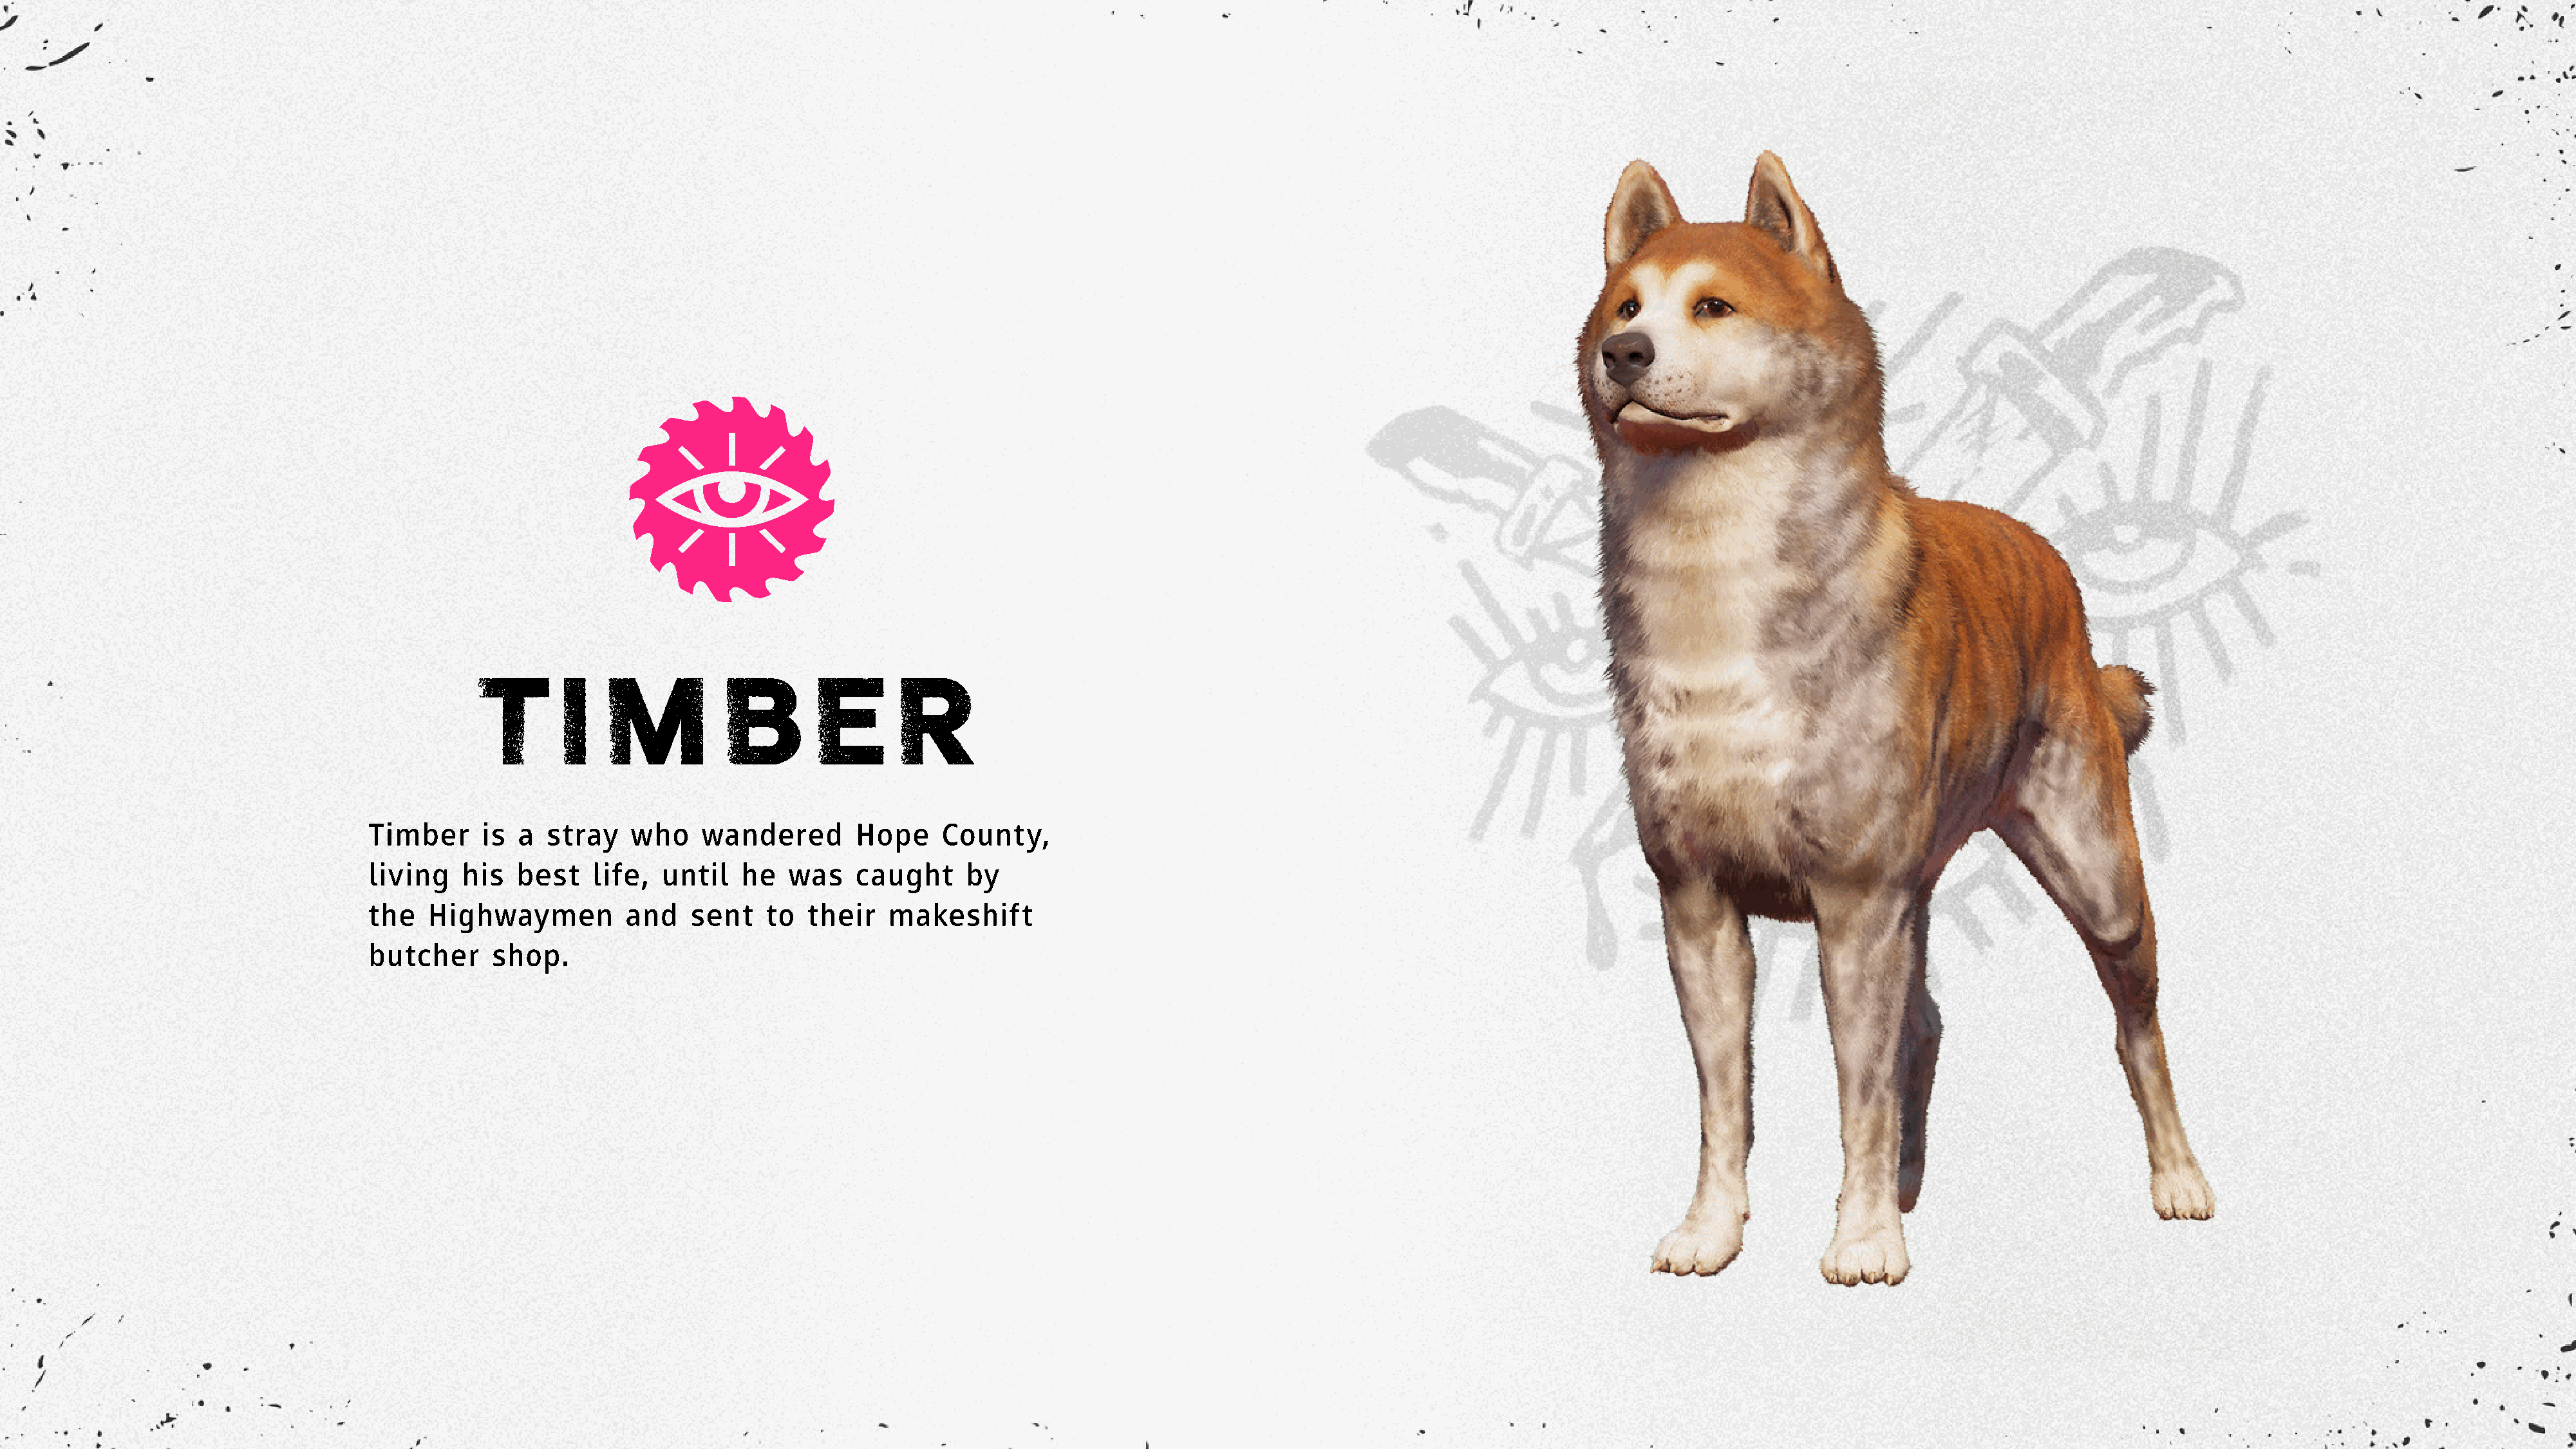
TIMB                              E        R
 Timber      is a  stray    who    wandered        Hope     County,
 living   his   best    life,  until   he   was    caught     by
 the   Highwaymen          and    sent    to  their   makeshift
 butcher      shop.